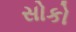
સોકો